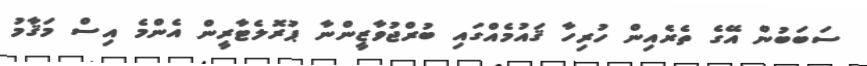
ސަބަބުން އޭގެ ތެރެއިން ހުރިހާ ޤައުމެއްގައި ބުރްޖުވާޒީންނާ ޕުރޮލެޓާރީން އެންމެ އިސް މަޤާމު